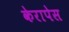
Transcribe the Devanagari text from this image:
केरापेस